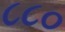
૮૮૦